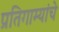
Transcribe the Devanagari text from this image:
प्रतिगाम्यांचे